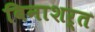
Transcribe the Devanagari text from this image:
बिनाशर्त